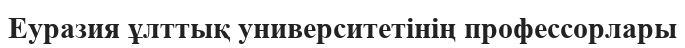
Еуразия ұлттық университетінің профессорлары